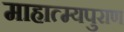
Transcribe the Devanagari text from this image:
माहात्म्यपुराण